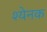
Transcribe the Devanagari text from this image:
श्येनक